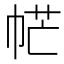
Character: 𢂾